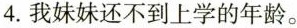
4.我妹妹还不到上学的年龄。